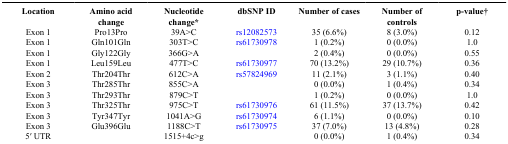
<table><thead><tr><td><b>Location</b></td><td><b>Amino acid change</b></td><td><b>Nucleotide change*</b></td><td><b>dbSNP ID</b></td><td><b>Number of cases</b></td><td><b>Number of controls</b></td><td><b>p-value†</b></td></tr></thead><tbody><tr><td>Exon 1</td><td>Pro13Pro</td><td>39A&gt;C</td><td>rs12082573</td><td>35 (6.6%)</td><td>8 (3.0%)</td><td>0.12</td></tr><tr><td>Exon 1</td><td>Gln101Gln</td><td>303T&gt;C</td><td>rs61730978</td><td>1 (0.2%)</td><td>0 (0.0%)</td><td>1.0</td></tr><tr><td>Exon 1</td><td>Gly122Gly</td><td>366G&gt;A</td><td> </td><td>2 (0.4%)</td><td>0 (0.0%)</td><td>0.55</td></tr><tr><td>Exon 1</td><td>Leu159Leu</td><td>477T&gt;C</td><td>rs61730977</td><td>70 (13.2%)</td><td>29 (10.7%)</td><td>0.36</td></tr><tr><td>Exon 2</td><td>Thr204Thr</td><td>612C&gt;A</td><td>rs57824969</td><td>11 (2.1%)</td><td>3 (1.1%)</td><td>0.40</td></tr><tr><td>Exon 3</td><td>Thr285Thr</td><td>855C&gt;A</td><td> </td><td>0 (0.0%)</td><td>1 (0.4%)</td><td>0.34</td></tr><tr><td>Exon 3</td><td>Thr293Thr</td><td>879C&gt;T</td><td> </td><td>1 (0.2%)</td><td>0 (0.0%)</td><td>1.0</td></tr><tr><td>Exon 3</td><td>Thr325Thr</td><td>975C&gt;T</td><td>rs61730976</td><td>61 (11.5%)</td><td>37 (13.7%)</td><td>0.42</td></tr><tr><td>Exon 3</td><td>Tyr347Tyr</td><td>1041A&gt;G</td><td>rs61730974</td><td>6 (1.1%)</td><td>0 (0.0%)</td><td>0.10</td></tr><tr><td>Exon 3</td><td>Glu396Glu</td><td>1188C&gt;T</td><td>rs61730975</td><td>37 (7.0%)</td><td>13 (4.8%)</td><td>0.28</td></tr><tr><td>5′ UTR</td><td> </td><td>1515+4c&gt;g</td><td> </td><td>0 (0.0%)</td><td>1 (0.4%)</td><td>0.34</td></tr></tbody></table>